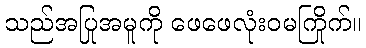
သည်အပြုအမူကို ဖေဖေလုံးဝမကြိုက်။